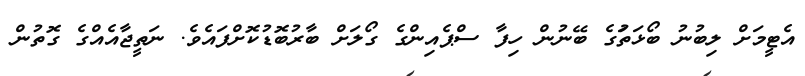
އެޓީމަށް ލިބުނު ބޯޅަަތަުގެ ބޭނުން ހިފާ ސްޕެއިންގެ ގޯލަށް ބާރުބޮޑުކޮށްފައެވެ. ނަތީޖާއެއްގެ ގޮތުން